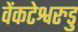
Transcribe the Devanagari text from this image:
वेंकटेश्वरुडु